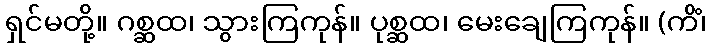
ရှင်မတို့။ ဂစ္ဆထ၊ သွားကြကုန်။ ပုစ္ဆထ၊ မေးချေကြကုန်။ (ကိံ၊